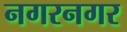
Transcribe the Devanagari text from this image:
नगरनगर